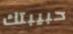
حبيبتك